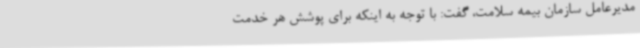
مدیرعامل سازمان بیمه سلامت، گفت: با توجه به اینکه برای پوشش هر خدمت